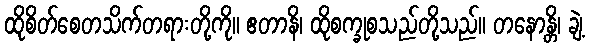
ထိုစိတ်စေတသိက်တရားတို့ကို။ ဧတာနိ၊ ထိုစက္ခုစသည်တို့သည်။ တနောန္တိ၊ ချဲ့